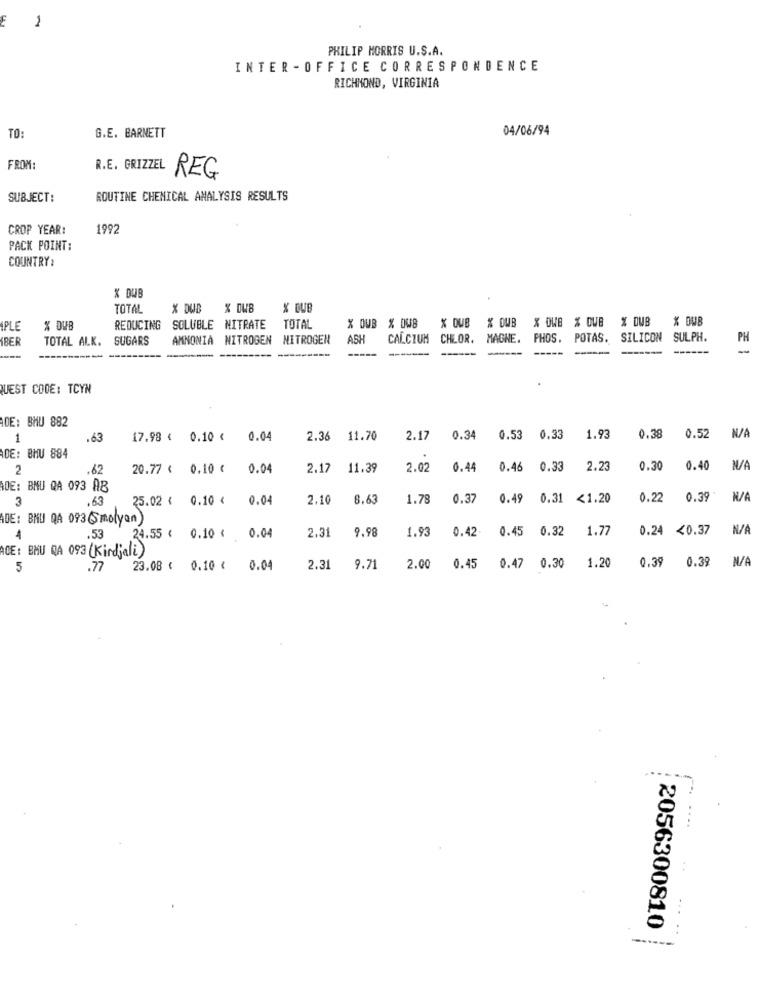
E
1
PHILIP MORRIS U.S.A.
INTER -OFFICE CORRESPONDENCE
RICHMOND, VIRGINIA
TO:
04/06/94
G.E. BARNETT
FROM:
R.E. GRIZZEL
REG
SUBJECT:
ROUTINE CHEMICAL ANALYSIS RESULTS
CROP YEAR:
1992
PACK POINT:
COUNTRY:
X DUB
TOTAL
X DUB
% DWB
X DUB
X OWB % DUB % DWB
X DUB
IPLE
% DUB
REDUCING
SOLUBLE NITRATE
TOTAL
X DUB % OWB
% DUB % DUB
PER
TOTAL ALK.
SUGARS
AMMONIA NITROGEN NITROGEN
ASH
CALCIUM CHLOR.
MAGNE.
PHOS.
POTAS.
SILICON
SULPH.
PH
-----
-----
----
-----
-----
----
----------
---
QUEST CODE: TCYN
DE: BMU 882
1
.63
17.98 € 0.10 €
0.04
2.36
11.70
2.17
0.34
0.53
0.33
1.93
0.38
0.52
DE: BHU 884
2
.62
20.77 < 0.10 €
0.04
2.17
11.39
2.02
0.44
0.46
0.33
2.23
0.30
0.40
ADE: BNU QA 093 AB
3
.63
25.02 < 0.10 €
0.0
2.10
8.63
1.78
0.37
0.49
0.31 <1.20
0.22
0.39
ADE: BHU QA 093(Smolyan
2.31
9.98
1.93
0.42.
0.45
0.32
1.77
0.24 <0.37
4
.53
24.55 < 0.10 < 0.04
ACE: BMU QA 093 (Kirdjali)
0.30
1.20
0.39
0.39
5
.77
23.08 ( 0.10 ( 0.04
2.31
9.71
2.00
0.45
0.47
2056300810